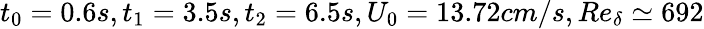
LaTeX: t_{0}=0.6s,t_{1}=3.5s,t_{2}=6.5s,U_{0}=13.72cm/s,Re_{\delta}\simeq 692